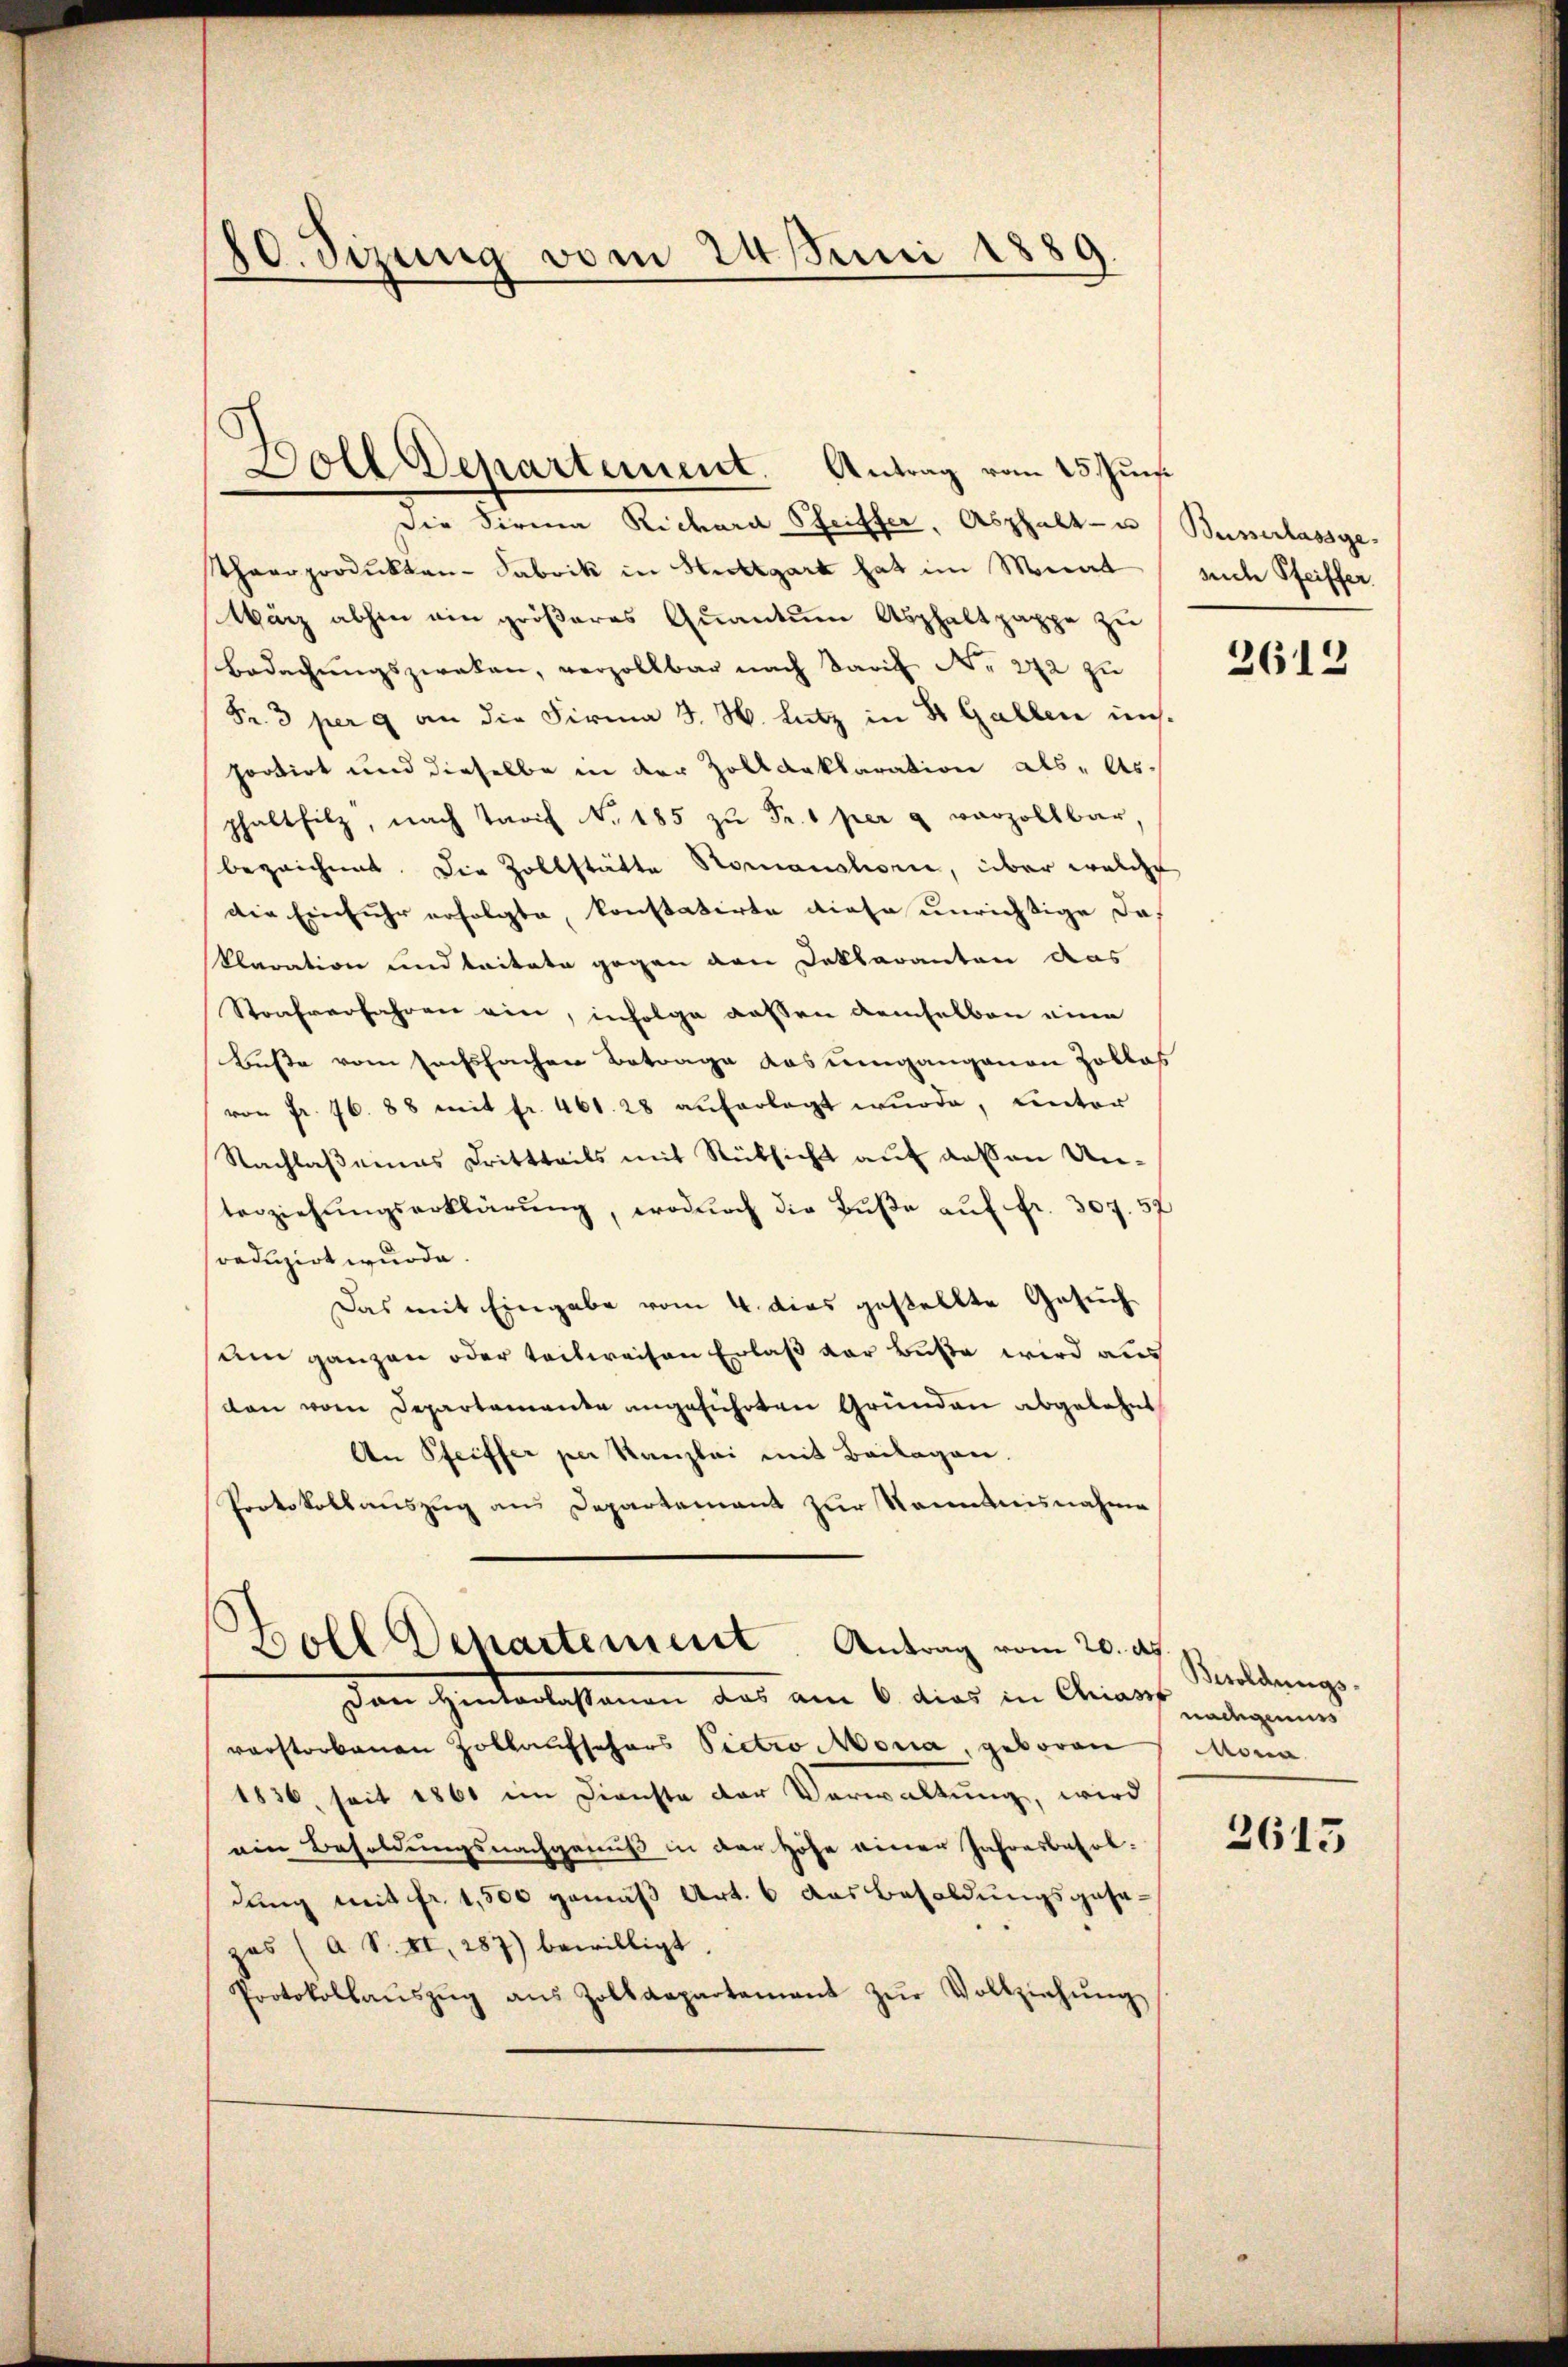
10. Sizung vom 24. Juni 1889

die Firma Richara Striffer, Asphalt- u Busserlassge
Thaarprodukten-Fabrik in Stuttgart hat im Monat
Wärz abhin ein größeres Quantum Asphaltpappe zu
Bedachungszweken, verzollbar nach Tarif No 272 zu
Fr. 3 per 9 an die Firma J. H. Lutz in St. Gallen unportirt und dieselbe in der Zolldeklaration als " As-
phaltfilz, nach Tarif No 185 zu Fr. 1 per & vorzollbar,
bezeichnet. Die Zollstätte Romanslionie, über welche
die Einfuhr erfolgte, konstatirte diese unrichtige das
klaration und tritate gegen den Deklaranten das
Strafverfahren ein, infolge dassen demselben eine
Buße vom sechsfachen Betrage das umgangenen Zollas
von Fr. 76. 88 mit fr. 461. 28 auferlegt wurde, unter
Nachlaßenas Drittteils mit Rüksicht auf dessen Unterziehungserklärung, wodurch die Buße auf fr. 307. 57
reduzirt wurde.
Das mit Eingabe vom 4. dies gestellte Gesuch
sum ganzen oder teilweisen Erlaß der Buße wird aus
den vom Departemente angeführten Gründen abgelehnt
An Pfeiffer per Kanzlei mit Beilagen.
Protokollauszug aus Departement zur Kenntnisnahme

Doll Departement. Antrag vom 25. Jun

verstorbenen Zollaufschars Pietro Moria, geboren Mona
1836, seit 1861 im Dienste der Verwaltung, wird
ein Besoldungsnachgenuß in der Höhe einer Jahresbesoldung mit fr. 1,500 gemäß Art. 6 das Besoldungsgesezes (a S. II, 287) bewilligt.
Protokollaŭszŭg ans Zolldepartement zŭr Vollziehŭng

Boll Departement. Antrag vom 20. d.
Den Hinterlassenen das am 6. dies in Anarf maligenen

suche Pfeiffer

2612

Besoldungs-

2613